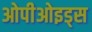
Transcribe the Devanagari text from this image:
ओपीओइड्स